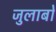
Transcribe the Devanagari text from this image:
जुलाबों